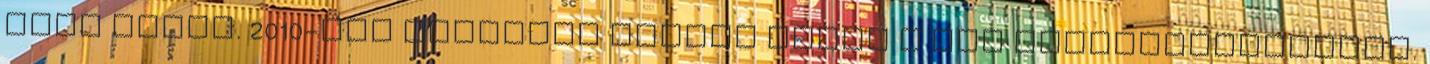
vesz részt. 2010-ben harmadik helyen zárta a PDC világbajnokságot.